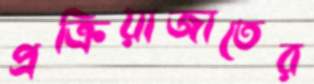
প্রক্রিয়াজাতের